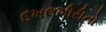
દખલગીરીનો